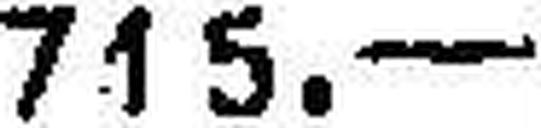
715.—